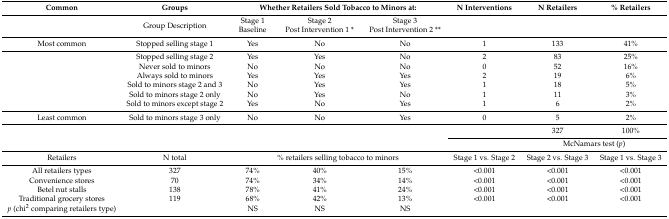
<table><thead><tr><td><b>Common</b></td><td><b>Groups</b></td><td colspan="3"><b>Whether Retailers Sold Tobacco to Minors at:</b></td><td><b>N Interventions</b></td><td><b>N Retailers</b></td><td><b>% Retailers</b></td></tr></thead><tbody><tr><td></td><td>Group Description</td><td>Stage 1 Baseline</td><td>Stage 2 Post Intervention 1 *</td><td>Stage 3 Post Intervention 2 **</td><td></td><td></td><td></td></tr><tr><td>Most common</td><td>Stopped selling stage 1</td><td>Yes</td><td>No</td><td>No</td><td>1</td><td>133</td><td>41%</td></tr><tr><td rowspan="6"></td><td>Stopped selling stage 2</td><td>Yes</td><td>Yes</td><td>No</td><td>2</td><td>83</td><td>25%</td></tr><tr><td>Never sold to minors</td><td>No</td><td>No</td><td>No</td><td>0</td><td>52</td><td>16%</td></tr><tr><td>Always sold to minors</td><td>Yes</td><td>Yes</td><td>Yes</td><td>2</td><td>19</td><td>6%</td></tr><tr><td>Sold to minors stage 2 and 3</td><td>No</td><td>Yes</td><td>Yes</td><td>1</td><td>18</td><td>5%</td></tr><tr><td>Sold to minors stage 2 only</td><td>No</td><td>Yes</td><td>No</td><td>1</td><td>11</td><td>3%</td></tr><tr><td>Sold to minors except stage 2</td><td>Yes</td><td>No</td><td>Yes</td><td>1</td><td>6</td><td>2%</td></tr><tr><td>Least common</td><td>Sold to minors stage 3 only</td><td>No</td><td>No</td><td>Yes</td><td>0</td><td>5</td><td>2%</td></tr><tr><td rowspan="2" colspan="2"></td><td rowspan="2"></td><td rowspan="2"></td><td rowspan="2"></td><td></td><td>327</td><td>100%</td></tr><tr><td></td><td colspan="2">McNamars test (<i>p</i>)</td></tr><tr><td>Retailers</td><td>N total </td><td colspan="3">% retailers selling tobacco to minors </td><td>Stage 1 vs. Stage 2</td><td>Stage 2 vs. Stage 3</td><td>Stage 1 vs. Stage 3</td></tr><tr><td>All retailers types</td><td>327</td><td>74%</td><td>40%</td><td>15%</td><td>&lt;0.001</td><td>&lt;0.001</td><td>&lt;0.001</td></tr><tr><td>Convenience stores</td><td>70</td><td>74%</td><td>34%</td><td>14%</td><td>&lt;0.001</td><td>&lt;0.001</td><td>&lt;0.001</td></tr><tr><td>Betel nut stalls</td><td>138</td><td>78%</td><td>41%</td><td>24%</td><td>&lt;0.001</td><td>&lt;0.001</td><td>&lt;0.001</td></tr><tr><td>Traditional grocery stores</td><td>119</td><td>68%</td><td>42%</td><td>13%</td><td>&lt;0.001</td><td>&lt;0.001</td><td>&lt;0.001</td></tr><tr><td><i>p</i> (chi<sup>2</sup> comparing retailers type)</td><td></td><td>NS</td><td>NS</td><td>NS</td><td></td><td></td><td></td></tr></tbody></table>